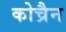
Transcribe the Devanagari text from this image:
कोच्रैन